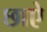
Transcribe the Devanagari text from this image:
छाऐ